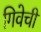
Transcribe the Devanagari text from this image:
गिवेची